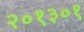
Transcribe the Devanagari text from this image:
२०१३०१